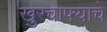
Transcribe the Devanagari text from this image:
खुरचाफ्याचे